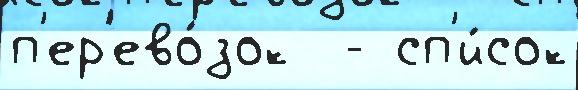
п'ер'ево́зок  - сп'и́сок